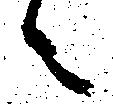
々